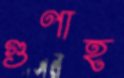
গুণাহ